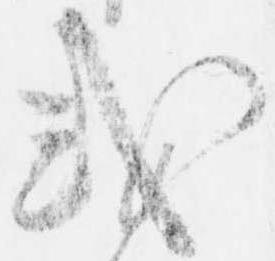
或